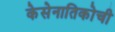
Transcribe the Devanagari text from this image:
केसेनातिकोची